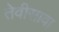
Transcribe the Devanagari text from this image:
तेवीसावा